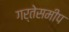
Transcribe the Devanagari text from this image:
गर्तेसमीप